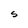
Character: S